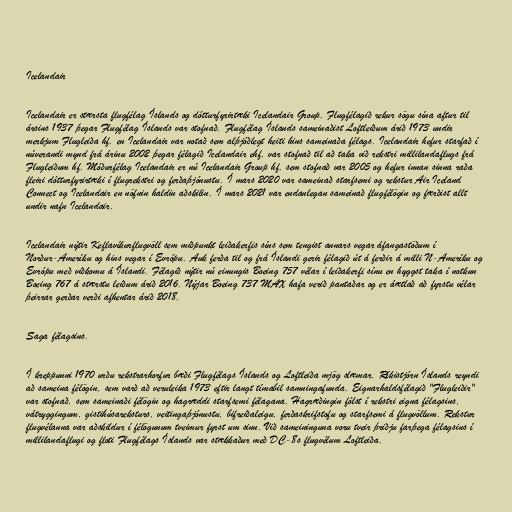
Icelandair

Icelandair er stærsta flugfélag Íslands og dótturfyrirtæki Icelandair Group. Flugfélagið rekur sögu sína aftur til
ársins 1937 þegar Flugfélag Íslands var stofnað. Flugfélag Íslands sameinaðist Loftleiðum árið 1973 undir
merkjum Flugleiða hf. en Icelandair var notað sem alþjóðlegt heiti hins sameinaða félags. Icelandair hefur starfað í
núverandi mynd frá árinu 2002 þegar félagið Icelandair ehf. var stofnað til að taka við rekstri millilandaflugs frá
Flugleiðum hf. Móðurfélag Icelandair er nú Icelandair Group hf. sem stofnað var 2005 og hefur innan sinna raða
fleiri dótturfyrirtæki í flugrekstri og ferðaþjónustu. Í mars 2020 var sameinað starfsemi og rekstur Air Iceland
Connect og Icelandair en nöfnin haldin aðskilin. Í mars 2021 var endanlegan sameinað flugfélögin og færðist allt
undir nafn Icelandair.

Icelandair nýtir Keflavíkurflugvöll sem miðpunkt leiðakerfis síns sem tengist annars vegar áfangastöðum í
Norður-Ameríku og hins vegar í Evrópu. Auk ferða til og frá Íslandi gerir félagið út á ferðir á milli N-Ameríku og
Evrópu með viðkomu á Íslandi. Félagið nýtir nú einungis Boeing 757 vélar í leiðakerfi sínu en hyggst taka í notkun
Boeing 767 á stærstu leiðum árið 2016. Nýjar Boeing 737 MAX hafa verið pantaðar og er áætlað að fyrstu vélar
þeirrar gerðar verði afhentar árið 2018.

Saga félagsins.

Í kreppunni 1970 urðu rekstrarhorfur bæði Flugfélags Íslands og Loftleiða mjög slæmar. Ríkistjórn Íslands reyndi
að sameina félögin, sem varð að veruleika 1973 eftir langt tímabil samningafunda. Eignarhaldsfélagið "Flugleiðir"
var stofnað, sem sameinaði félögin og hagræddi starfsemi félagana. Hagræðingin fólst í rekstri eigna félagsins,
vátryggingum, gistihúsareksturs, veitingaþjónustu, bifreiðaleigu, ferðaskrifstofu og starfsemi á flugvöllum. Rekstur
flugvélanna var aðskildur í félögunum tveimur fyrst um sinn. Við sameininguna voru tveir þriðju farþega félagsins í
millilandaflugi og floti Flugfélags Íslands var stækkaður með DC-8s flugvélum Loftleiða.